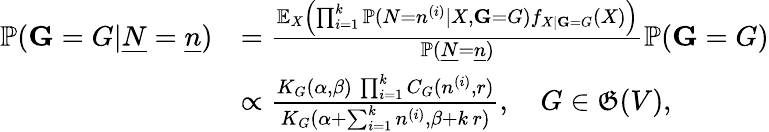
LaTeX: \begin{array}{rl}{\mathbb{P}(\mathbf G=G|\underline{{N}}=\underline{{n}})}&{=\frac{\mathbb{E}_{X}\left(\prod_{i=1}^{k}\mathbb{P}(N=n^{(i)}|X,\mathbf G=G)f_{X|\mathbf G=G}(X)\right)}{\mathbb{P}(\underline{{N}}=\underline{{n}})}\mathbb{P}(\mathbf G=G)}\\ &{\propto\frac{K_{G}(\alpha,\beta)\, \prod_{i=1}^{k}C_{G}(n^{(i)},r)}{K_{G}(\alpha+\sum_{i=1}^{k}n^{(i)},\beta+k\, r)},\quad G\in\mathfrak G(V),}\end{array}